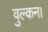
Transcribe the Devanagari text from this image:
वुल्कन।